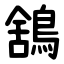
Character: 鵨